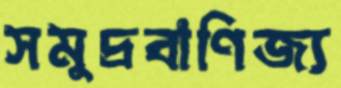
সমুদ্রবাণিজ্য